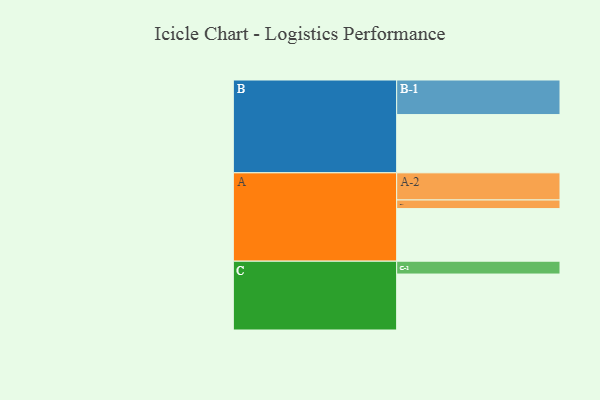
{"axis": {"x": "Segment", "y": "Value"}, "legend": ["", "A", "B", "C"], "data": [{"x": "A", "y": 438, "type": ""}, {"x": "B", "y": 485, "type": ""}, {"x": "C", "y": 466, "type": ""}, {"x": "A-1", "y": 72, "type": "A"}, {"x": "A-2", "y": 226, "type": "A"}, {"x": "B-1", "y": 288, "type": "B"}, {"x": "C-1", "y": 107, "type": "C"}]}